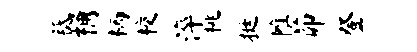
祗桷柄校淬桃挺帷茆登